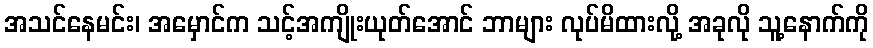
အသင်နေမင်း၊ အမှောင်က သင့်အကျိုးယုတ်အောင် ဘာများ လုပ်မိထားလို့ အခုလို သူ့နောက်ကို